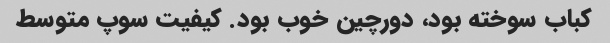
کباب سوخته بود، دورچین خوب بود. کیفیت سوپ متوسط